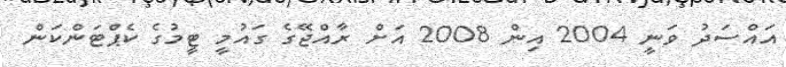
އައްސަދު ވަނީ 2004 އިން 2008 އަށް ރާއްޖޭގެ ގައުމީ ޓީމުގެ ކެޕްޓަންކަން